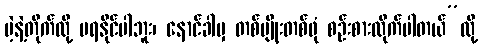
ပဲ့နဲ့တိုက်လို့ မရနိုင်ပါဘူး၊ နောင်ခါမှ တစ်မျိုးတစ်ဖုံ စဉ်းစားထိုက်ပါတယ်”လို့